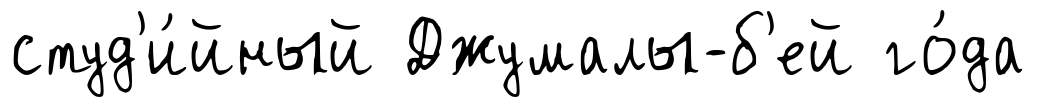
студ'и́йный Джумалы-б'ей го́да